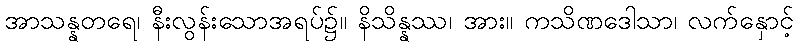
အာသန္နတရေ၊ နီးလွန်းသောအရပ်၌။ နိသိန္နဿ၊ အား။ ကသိဏဒေါသာ၊ လက်နှောင့်